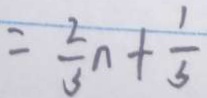
= \frac { 2 } { 3 } n + \frac { 1 } { 3 }